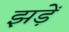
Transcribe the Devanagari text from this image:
झड़ें